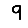
Digit: 9